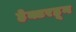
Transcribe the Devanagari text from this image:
हेक्टरहून